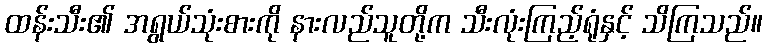
ထန်းသီး၏ အရွယ်သုံးစားကို နားလည်သူတို့က သီးလုံးကြည့်ရုံနှင့် သိကြသည်။